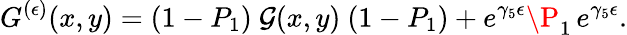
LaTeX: G^{(\epsilon)}(x,y)=(1-P_{1})\ {\cal G}(x,y)\ (1-P_{1})+e^{\gamma_{5}\epsilon}\P_{1}\, e^{\gamma_{5}\epsilon}.